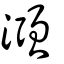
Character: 漒